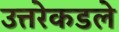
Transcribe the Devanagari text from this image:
उत्तरेकडले